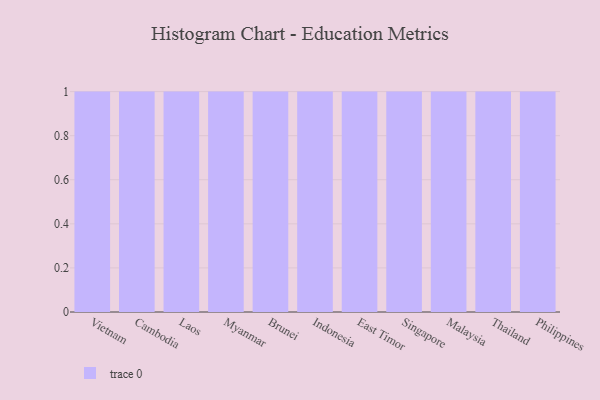
{"axis": {"x": "Country", "y": "Demand Index"}, "legend": [""], "data": [{"x": "Vietnam", "y": 18, "type": ""}, {"x": "Cambodia", "y": 19, "type": ""}, {"x": "Laos", "y": 30, "type": ""}, {"x": "Myanmar", "y": 9, "type": ""}, {"x": "Brunei", "y": 4, "type": ""}, {"x": "Indonesia", "y": 8, "type": ""}, {"x": "East Timor", "y": 80, "type": ""}, {"x": "Singapore", "y": 72, "type": ""}, {"x": "Malaysia", "y": 9, "type": ""}, {"x": "Thailand", "y": 11, "type": ""}, {"x": "Philippines", "y": 92, "type": ""}]}